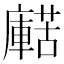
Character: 𧁹